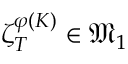
\zeta _ { T } ^ { \varphi ( K ) } \in \mathfrak { M } _ { 1 }